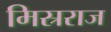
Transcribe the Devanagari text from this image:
मिस्रराज